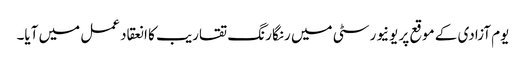
یوم آزادی کے موقع پر یونیورسٹی میں رنگا رنگ تقاریب کا انعقاد عمل میں آیا۔